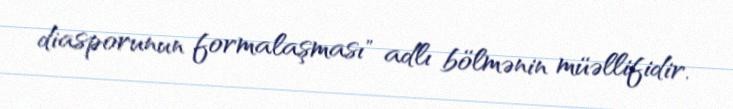
diasporunun formalaşması" adlı bölmənin müəllifidir.